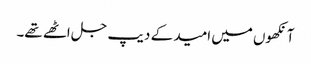
آنکھوں میں امید کے دیپ جل اٹھے تھے۔